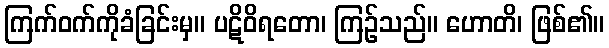
ကြက်ဝက်ကိုခံခြင်းမှ။ ပဋိဝိရတော၊ ကြဉ်သည်။ ဟောတိ၊ ဖြစ်၏။